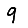
Digit: 9